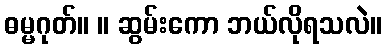
ဓမ္မဂုတ်။ ။ ဆွမ်းကော ဘယ်လိုရသလဲ။